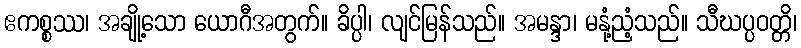
ဧကစ္စဿ၊ အချို့သော ယောဂီအတွက်။ ခိပ္ပါ၊ လျင်မြန်သည်။ အမန္ဒာ၊ မနုံ့ညံ့သည်။ သီဃပ္ပဝတ္တိ၊